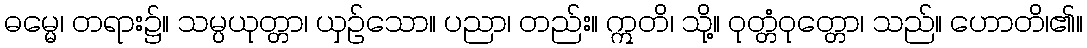
ဓမ္မေ၊ တရား၌။ သမ္ပယုတ္တာ၊ ယှဉ်သော။ ပညာ၊ တည်း။ ဣတိ၊ သို့။ ဝုတ္တံဝုတ္တော၊ သည်။ ဟောတိ၊၏။